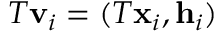
T \mathbf { v } _ { i } = ( T \mathbf { x } _ { i } , \mathbf { h } _ { i } )